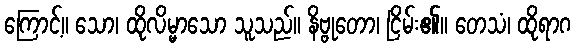
ကြောင့်။ သော၊ ထိုလိမ္မာသော သူသည်။ နိဗ္ဗုတော၊ ငြိမ်း၏။ တေသံ၊ ထိုရာဂ